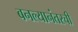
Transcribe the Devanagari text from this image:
बनल्यानंतरची